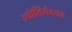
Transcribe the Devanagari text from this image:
ज्योतिर्मठवह